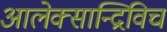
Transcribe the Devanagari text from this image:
आलेक्सान्द्रिविच